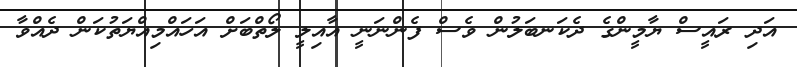
އަދި ރައީސް ޔާމީންގެ ދެކަނބަލުން ވެސް ފެންނަނީ އާއިލީ ލޯތްބަށް އަހައްމިއްޔަތުކަން ދެއްވާ